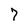
Character: 7